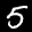
Label: 5